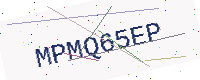
Text: MPMQ65EP